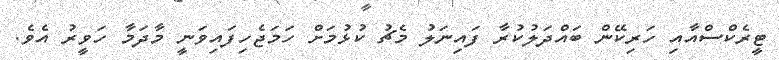
ޓީރެކްސްއާއި ހަރިކޭން ބައްދަލުކުރާ ފައިނަލު މެޗު ކުޅުމަށް ހަމަޖެހިފައިވަނީ މާދަމާ ހަވީރު އެވެ.